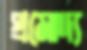
প্রমোদ্য